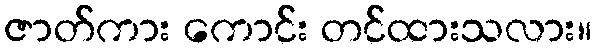
ဇာတ်ကား ကောင်း တင်ထားသလား။